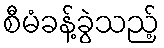
စီမံခန့်ခွဲသည့်